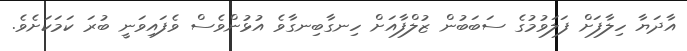
އާދަޔާ ހިލާފަށް ފަލަވުމުގެ ސަބަބުން ޒުލްފާއަށް ހިނގާބިނގާވެ އުޅުންވެސް ވެފައިވަނީ ބުރަ ކަމަކަށެވެ.